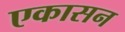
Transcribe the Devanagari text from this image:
एकासन